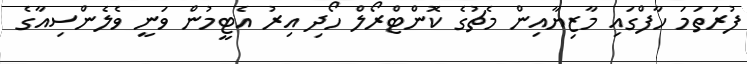
ފުރަތަމަ ހާފްގައި މާޒިޔާއިން މެޗުގެ ކޮންޓްރޯލް ހޯދި އިރު އެޓީމުން ވަނީ ވެލެންސިއާގެ